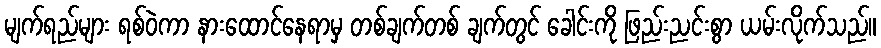
မျက်ရည်များ ရစ်ဝဲကာ နားထောင်နေရာမှ တစ်ချက်တစ် ချက်တွင် ခေါင်းကို ဖြည်းညင်းစွာ ယမ်းလိုက်သည်။